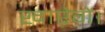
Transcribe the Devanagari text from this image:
खाऐगें।